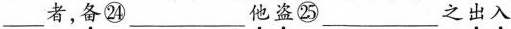
___者，\underset{·}{备}㉔___\underset{·}{他}\underset{·}{盗}㉕___之\underset{·}{出}\underset{·}{入}